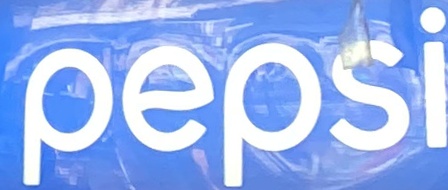
pepsi